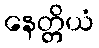
နေတ္တိယံ